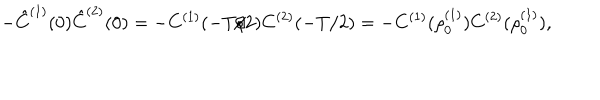
- \hat { C } ^ { ( 1 ) } ( 0 ) \hat { C } ^ { ( 2 ) } ( 0 ) = - C ^ { ( 1 ) } ( - T / 2 ) C ^ { ( 2 ) } ( - T / 2 ) = - C ^ { ( 1 ) } ( \rho _ { 0 } ^ { ( 1 ) } ) C ^ { ( 2 ) } ( \rho _ { 0 } ^ { ( 1 ) } ) ,